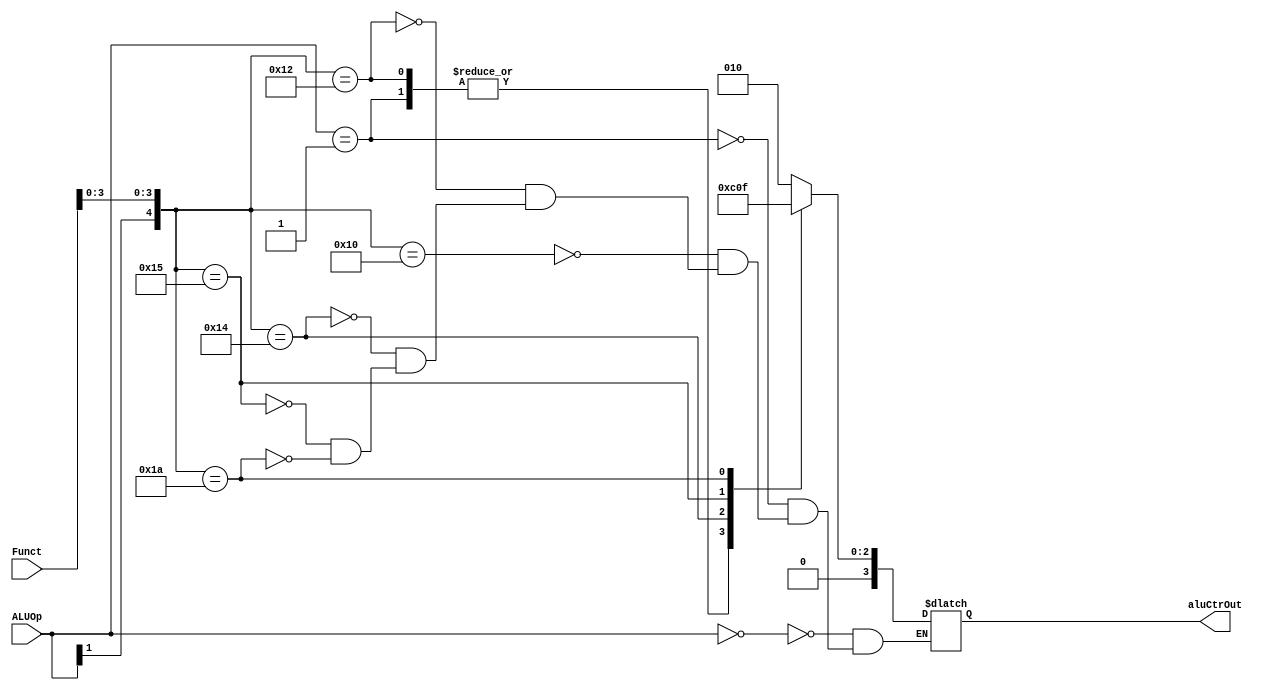
`timescale 1ns / 1ps
//////////////////////////////////////////////////////////////////////////////////
// Company: 
// Engineer: 
// 
// Design Name: 
// Module Name: ALUCtr
// Project Name: 
// Target Devices: 
// Tool Versions: 
// Description: 
// 
// Dependencies: 
// 
// Revision:
// Revision 0.01 - File Created
// Additional Comments:
// 
//////////////////////////////////////////////////////////////////////////////////


module ALUCtr(
    input [1:0] ALUOp,
    input [5:0] Funct,
    output [3:0] aluCtrOut
    );
    
    reg [3:0] ALUCtrOut;
    
    always @ (ALUOp or Funct)
    begin
        casex ({ALUOp,Funct})
            8'b00xxxxxx : ALUCtrOut = 4'b0010;
            8'b01xxxxxx : ALUCtrOut = 4'b0110;
            8'b1xxx0000 : ALUCtrOut = 4'b0010;
            8'b1xxx0010 : ALUCtrOut = 4'b0110;
            8'b1xxx0100 : ALUCtrOut = 4'b0000;
            8'b1xxx0101 : ALUCtrOut = 4'b0001;
            8'b1xxx1010 : ALUCtrOut = 4'b0111;
        endcase
    end
    
    
    assign aluCtrOut = ALUCtrOut;
endmodule